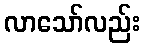
လာသော်လည်း